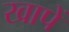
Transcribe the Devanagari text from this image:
खापें